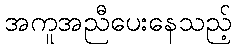
အကူအညီပေးနေသည့်